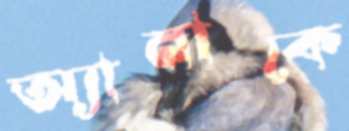
অ্যানাকে